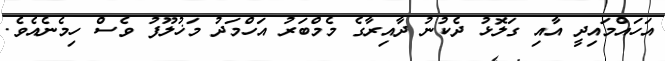
އަހައްމައިދީ އާއި ގަލޮޅު ދެކުނު ދާއިރާގެ މެމްބަރު އަހްމަދު މަޚުލޫފު ވެސް ހިމެނެއެވެ.